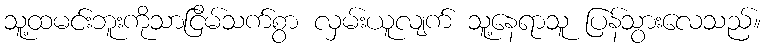
သူ့ထမင်းဘူးကိုသာငြိမ်သက်စွာ လှမ်းယူလျက် သူ့နေရာသူ ပြန်သွားလေသည်။